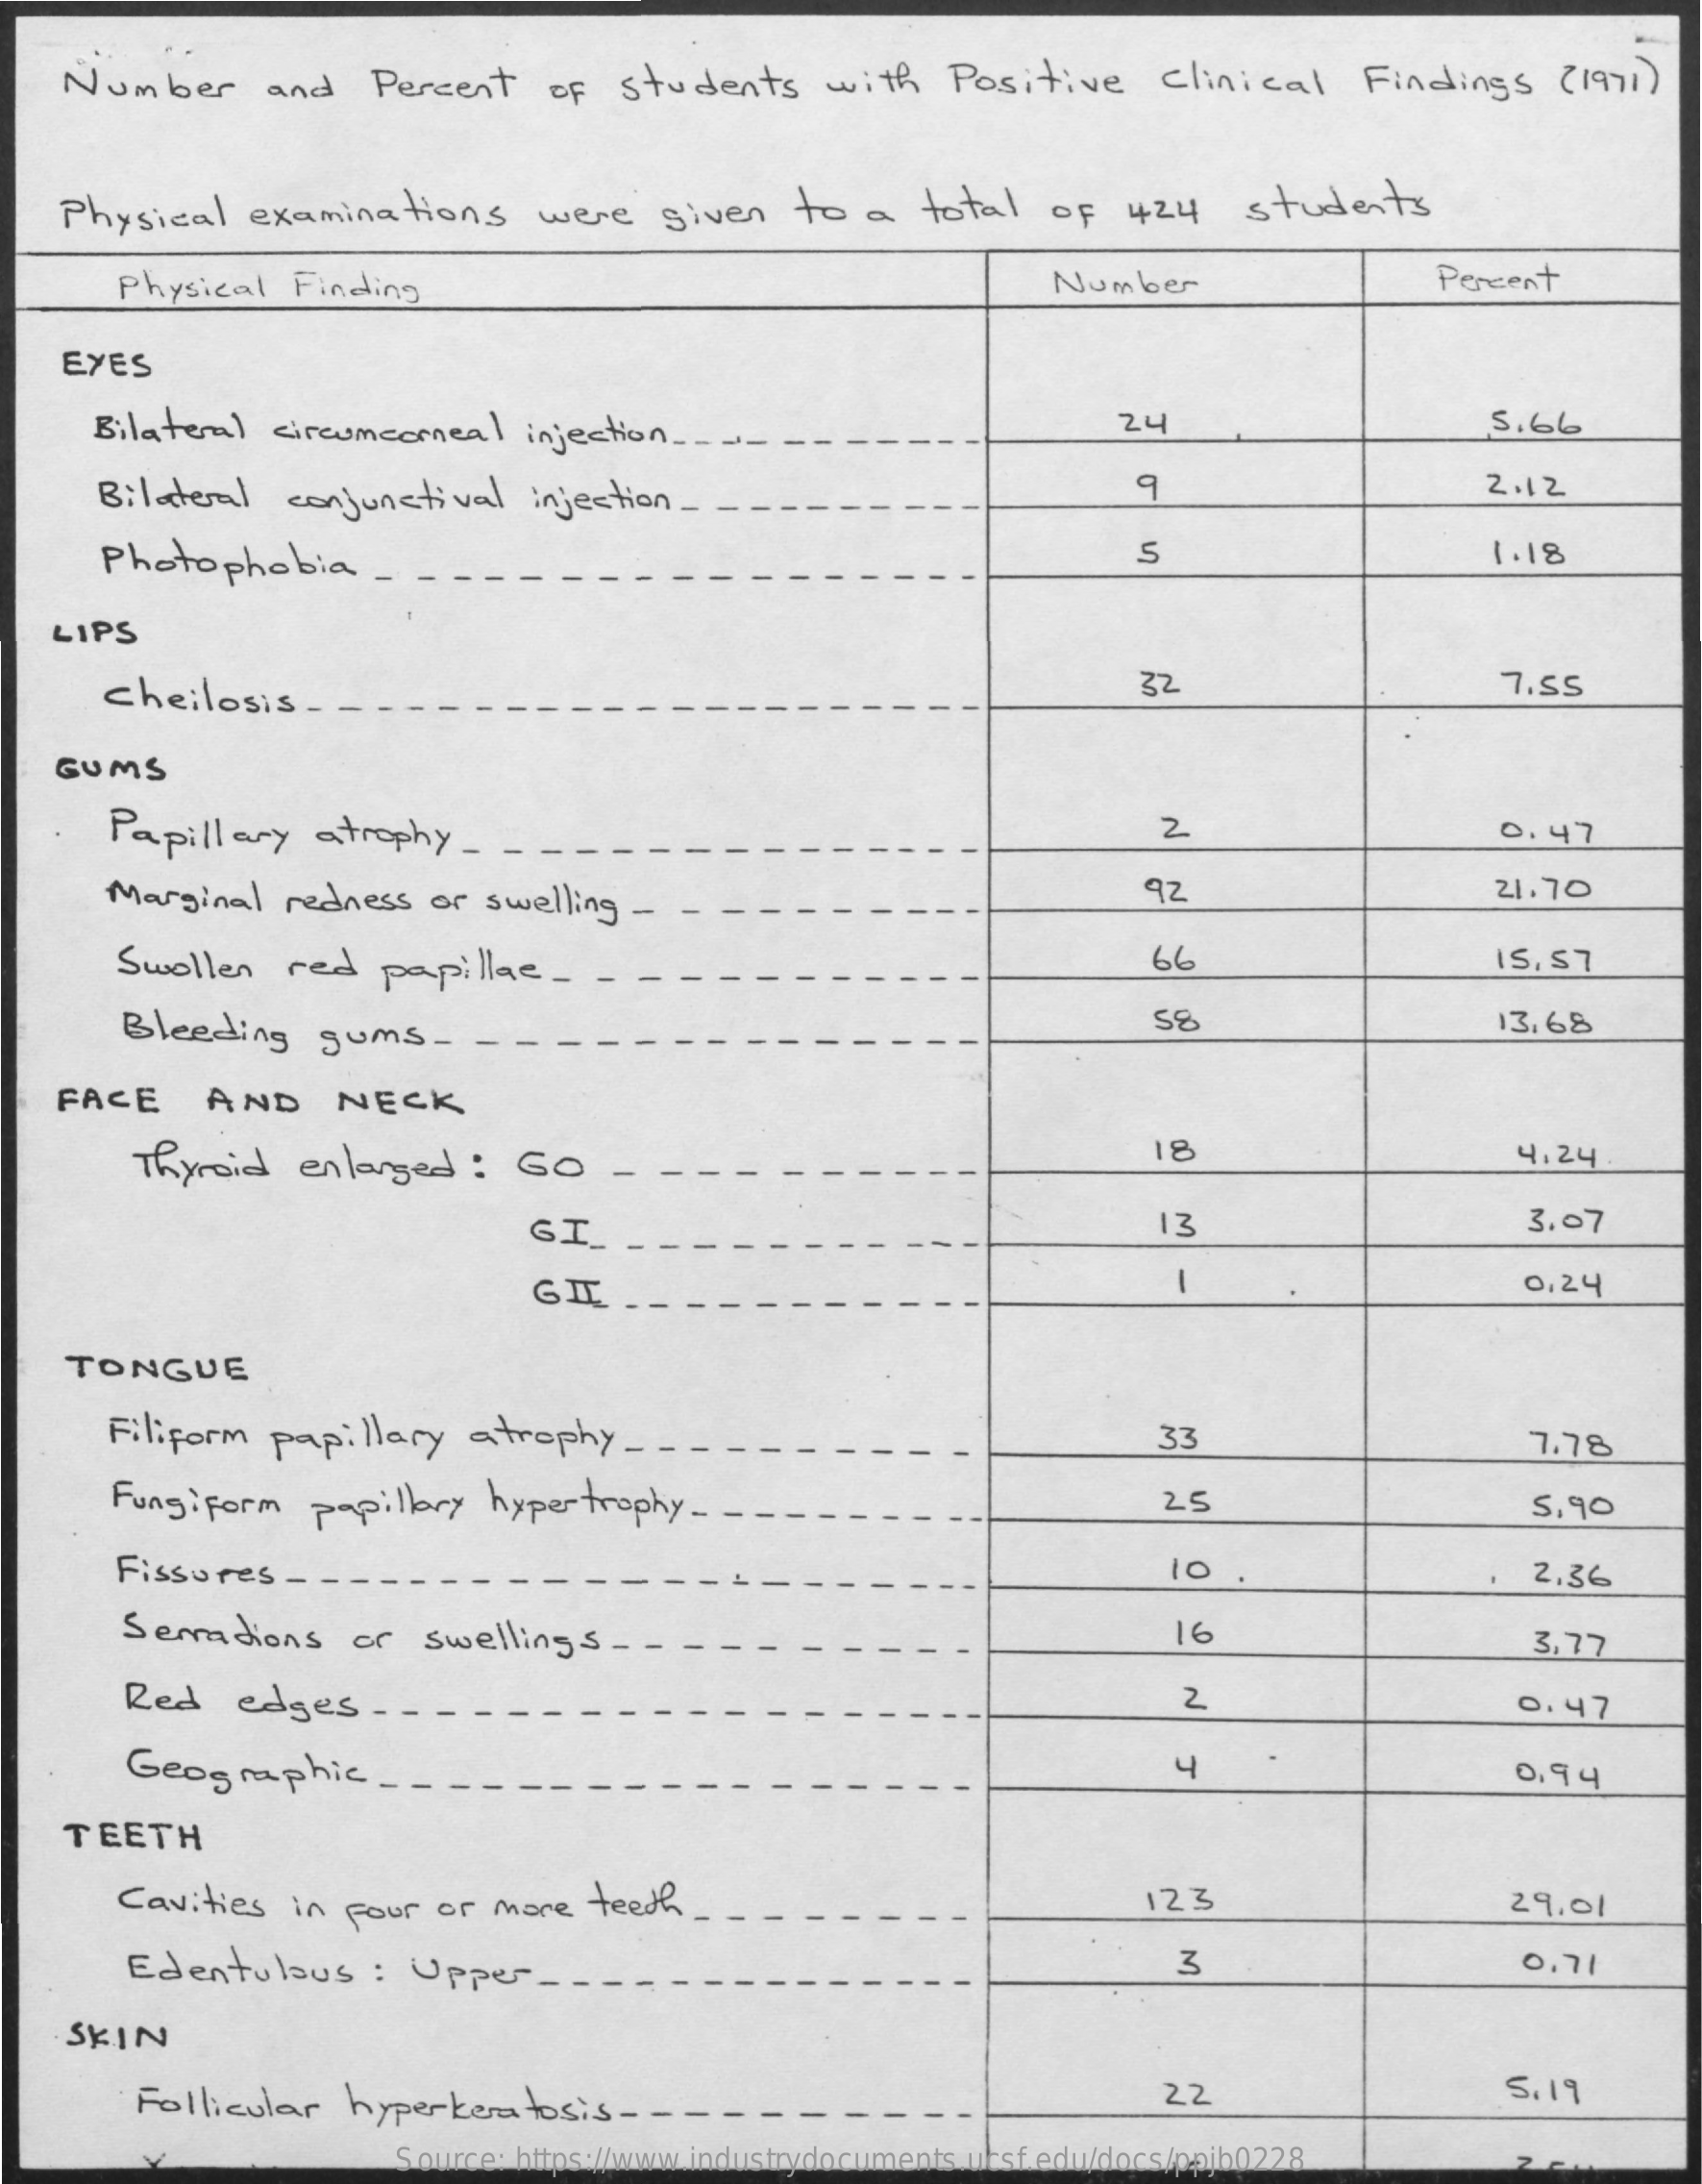
Number and Percent OF students with Positive Clinical Findings (1971 )
  Physical examinations were given to a total of 424 students
     Physical Finding    Number    Percent
   EYES
    Bilateral circumcorneal injection ...
     24    5.66
    Bilateral conjunctival injection_
     2.12
    Photophobia ..    S    1.18
  LIPS
    cheilosis.    32    7.55
  GUMS
    Papillary atrophy __    2.    0,47
    Marginal redness or swelling -    92    21.70
     Swollen red papillae ..    66    IS, S7
     Bleeding gums- -
     58    13,68
  FACE  AND  NECK
     Thyroid enlarged : GO -
     18    4.24
     GI_    13    3.07
     0,24
     -
     GIL.
   TONGUE
    Filiform papillary atrophy ---    33    7.78
     Fungiform papillary hypertrophy - --.  25    5,90
     Fissures - -    2.36
     Serrations or swellings --    16    3,77
     Red edges - - -    2    0, 47
     Geographic ..    4    0,94
   TEETH
     Cavities in Four or more teeth.    123    29.01
     Edentulaus : Upper ---    3    0,71
   SKIN
     Follicular hyperkeratosis- -    22    5.19
     Source: https://www.industrydocuments.ucsf.edu/docs/ppjb0228